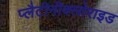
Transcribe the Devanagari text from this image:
प्लैटीनीक्लोराइड